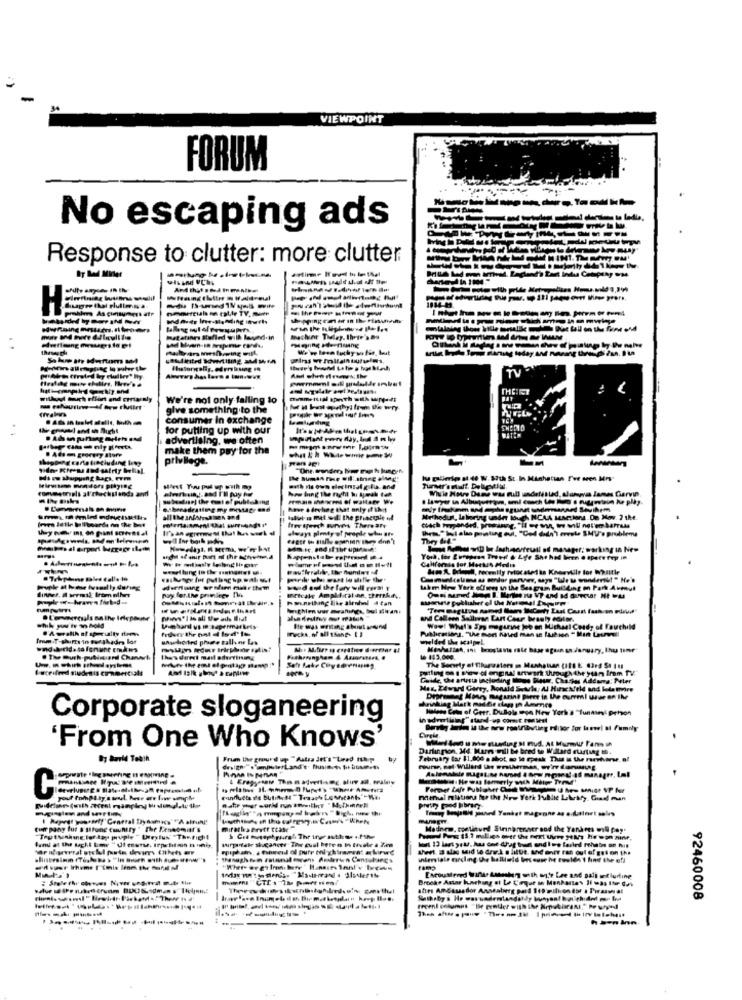
VIEWPOINT
FORUM
No escaping ads
Response to clutter: more clutter
hy Lad Minler
---
THEIET
V
We're not only falling to
give something to the
consumer In exchange
for putting up with our
.4bin pragerhud
advertising, we often
make them pay for the
privilege.
le gallerie at de W. S7th St. In Manhattan Fee scen Mrs
with re owe diecinsalg lis and
Wille Notre Dame was null undetestad, alampya Janes Ciervin
hove & devhag that only if that
Methodun, Laliaring under lough NCAA sActions On Nov. 2 the.
Iter seoch surves Thereare
Thets " hot also pointing out, "Cod didn'T envole SMU's problems
Caltforse for Merkit Medis
Tekphone males calls io
ComunicaUne ws wonder parver, ups "Wir u wunderist " He's
sdiffaing ordimn maarthem
Make New York offres an the Seagram Bulding on Park Avmut
Hmunething like alenhal & tan
und Calleen Sallevon Lant Cour beauty com.
Wow! What's Spy megurine job on Michael Coady of Fauchild
ImmiT-shirts in sur shades lor
welded the scalpel
und herida sa fenune EmAws
Mishalien, inc boostants rate base again sn January, thu une"
. The Push-pullauand Chanel
Pacherungham & Aasoretsek. #
443,000.
Guide, the artesta including lings Beur, Charles Addams; Peter
Mes. ZAward Ghrey, Ronald Seule, Al Hirschfeld and lots more
hrinkiag Mark madde slam In Ammes
Depremmeg Money Bagaring pirer in Le ourem! Mise en IM
Halpes Cote of Gerr. Dulola eva New York'a "funmel peron
Corporate sloganeering
Cirele.
From One Who Knows'
Darlington. M4 Mares will be bred to Willard surtung m.
Frim the ground up "Astra Jet's"tired Ihop
February lar $1,000 a alot, co le speak That is Uwe rarshare. el
C
Former LAre Publaaber CM
Pilimhal niations for the New York Public Library. God man
Repeat yourself"General Dynamics" ""A altuni
Cur pany fur a Stfune cuunity " The Benabout's
Mednew, continued Stringrenover sod the Yankees wil pey'
sher 3 alag Mid te dee.k . littt. thid oner ran dul of gel on the
thenach en ratanal eens Anderen Cantubancs
Brooke Astar haching et Le Corgut in Monkate's Il was Ituer Gui
fire Ambassador Anseaberg paid 119 milion for . Trasws at
Sotheby's He was uademlandsby bunyant hat chided me Ira
92460008
hamn Inn